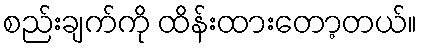
စည်းချက်ကို ထိန်းထားတော့တယ်။